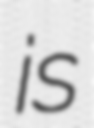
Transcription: is